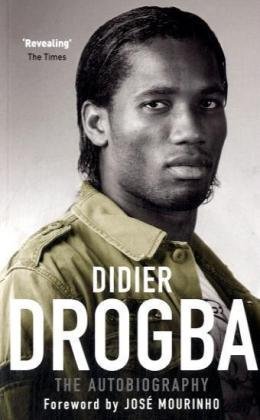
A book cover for Didier Drogba: The Autobiography; Didier Drogba; Biographies & Memoirs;